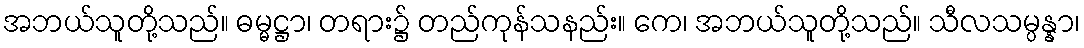
အဘယ်သူတို့သည်။ ဓမ္မဋ္ဌာ၊ တရား၌ တည်ကုန်သနည်း။ ကေ၊ အဘယ်သူတို့သည်။ သီလသမ္ပန္နာ၊